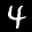
Label: 4